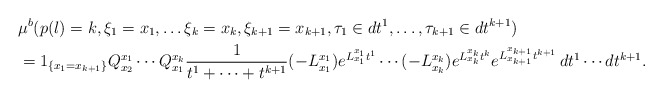
\begin{align*}&\mu^b(p(l)=k, \xi_1=x_1, \ldots \xi_k=x_k, \xi_{k+1}=x_{k+1},\tau_1\in dt^1, \ldots , \tau_{k+1}\in dt^{k+1})\\&=1_{\{x_1=x_{k+1}\}}Q_{x_2}^{x_1}\cdots Q_{x_1}^{x_k} \frac{1}{t^1+\cdots+t^{k+1}}(-L^{x_1}_{x_1})e^{L_{x_1}^{x_1}t^1}\cdots (-L^{x_k}_{x_k})e^{L_{x_k}^{x_k}t^k}e^{L_{x_{k+1}}^{x_{k+1}}t^{k+1}}\,dt^1\cdots dt^{k+1}.\end{align*}